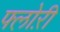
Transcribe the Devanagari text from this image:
फ्लोऱी